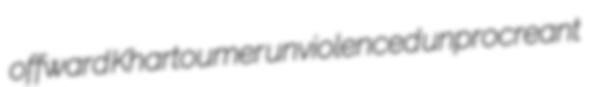
offward Khartoumer unviolenced unprocreant